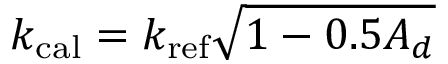
k _ { \mathrm { c a l } } = k _ { \mathrm { r e f } } \sqrt { 1 - 0 . 5 A _ { d } }